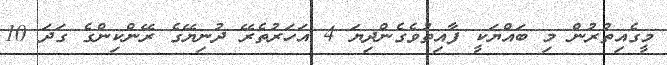
މީގެއިތުރުން މި ބައްޔަކީ ފާއިތުވެގެންދިޔަ 4 އަހަރުތެރޭ ދުނިޔޭގެ ރޭންކިންގެ ގަދަ 10